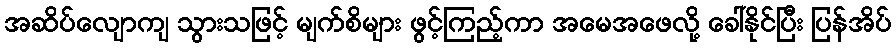
အဆိပ်လျောကျ သွားသဖြင့် မျက်စိများ ဖွင့်ကြည့်ကာ အမေအဖေလို့ ခေါ်နိုင်ပြီး ပြန်အိပ်